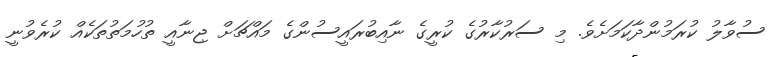
ސުވާލު ކުރަމުންދާކަމަށެވެ. މި ސަރުކާރުގެ ކުރީގެ ނާއިބުރައީސުންގެ މައްޗަށް ޖިނާއީ ތުހުމަތުތަކެއް ކުރެވުނީ